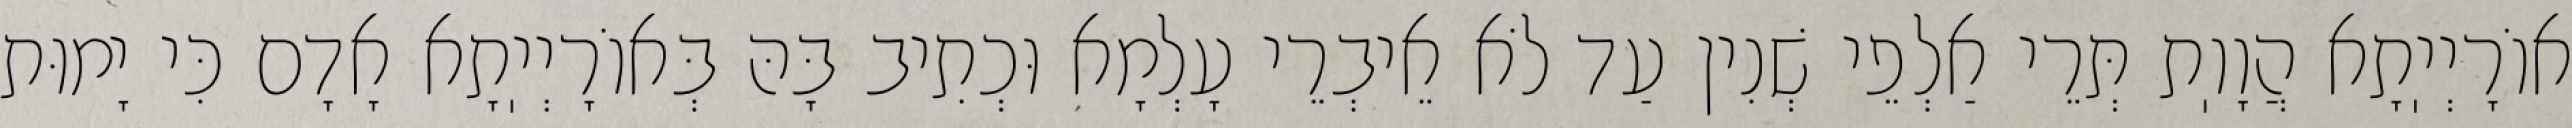
אוֹרָיְיֽתָא הֲוָוֽת תְּרֵי אַלְפֵי שְׁנִין עַד לֹא אֵיבְרֵי עָלְמָא וּכְתִיב בָּהּ בְּאוֹרָיְיֽתָא אָדָם כִּי יָמוּת